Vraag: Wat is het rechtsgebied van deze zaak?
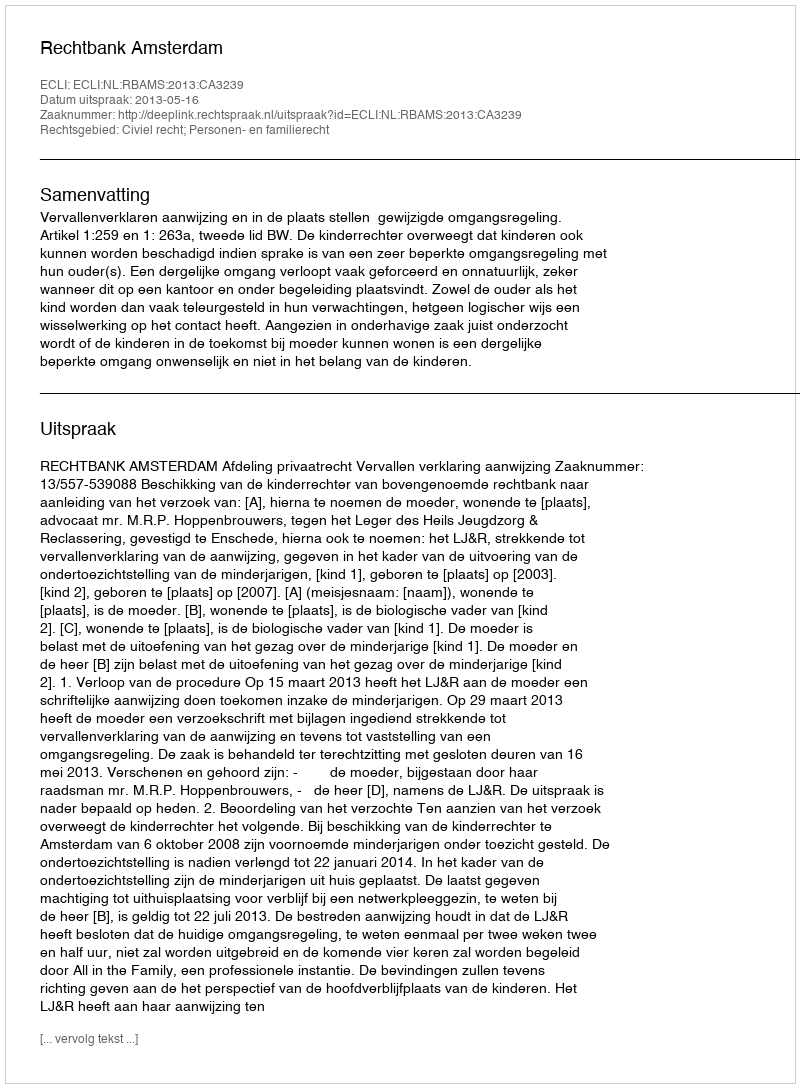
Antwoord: Civiel recht; Personen- en familierecht